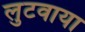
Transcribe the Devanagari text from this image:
लुटवाया